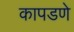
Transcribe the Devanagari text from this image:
कापडणे